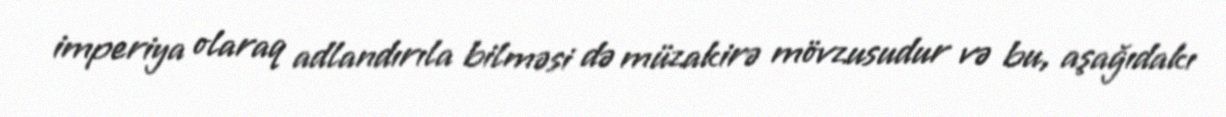
imperiya olaraq adlandırıla bilməsi də müzakirə mövzusudur və bu, aşağıdakı